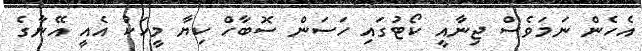
އެހެން ނަމަވެސް ޖިނާއީ ކޯޓުގައި ހަސަން ސޮބާހް ކިޔާ މީހަކު އެއީ އޭނާގެ